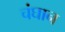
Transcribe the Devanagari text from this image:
चंघान